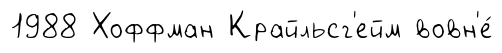
1988 Хоффман Крайльсг'ейм вовн'е́